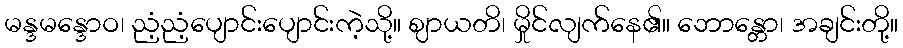
မန္ဒမန္ဒောဝ၊ ညံ့ညံ့ပျောင်းပျောင်းကဲ့သို့။ ဈာယတိ၊ မှိုင်လျက်နေ၏။ ဘောန္တော၊ အချင်းတို့။